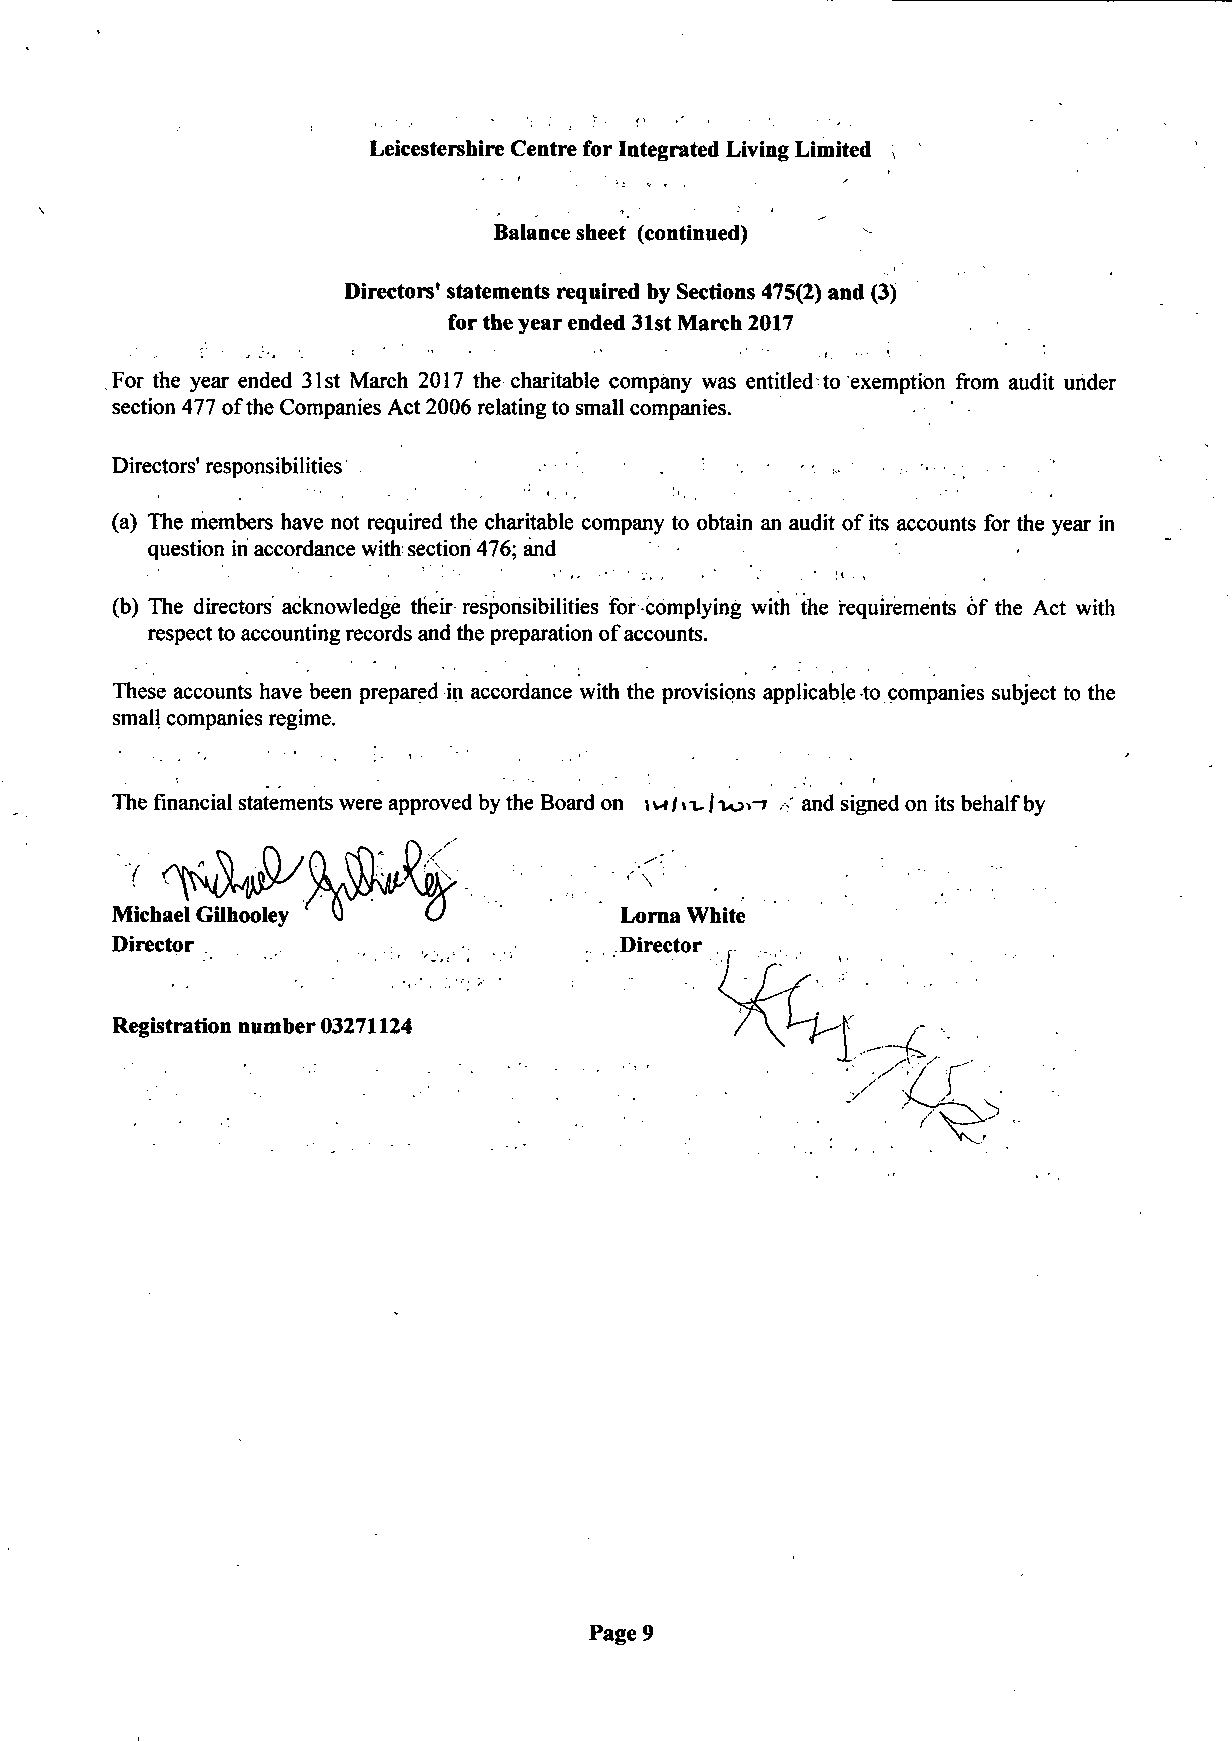
Leicestershire Centre for Integrated Living Limited
 Balance sheet (continued)
 Directors' statements required by Sections 475(2) and (3)
 for the year ended 31st March 2017
 For the year ended 31st March 2017 the charitable company was entitled to exemption from audit under
 section 477 of the Companies Act 2006 relating to small companies.
 Directors'responsibilities
 (a) The members have not required the charitable company to obtain an audit of its accounts for the year in
 question iri accordance with; section 476; and
 (b) The directors acknowledge their responsibilities for complying with the requirements of the Act with
 respect to accounting records and the preparation of accounts.
 These accounts have been prepared in accordance with the provisions applicable to companies subject to the
 small companies regime.
 The financial statements were approved by the Board on s vt I \ v j io»i .and signed on its behalf by
 Page 9